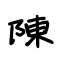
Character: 陳